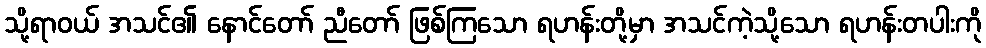
သို့ရာဝယ် အသင်၏ နောင်တော် ညီတော် ဖြစ်ကြသော ရဟန်းတို့မှာ အသင်ကဲ့သို့သော ရဟန်းတပါးကို